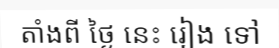
តាំងពី ថ្ងៃ នេះ រៀង ទៅ